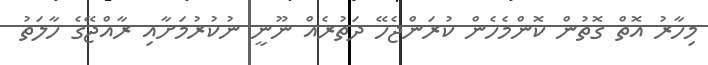
މިހާރު އޮތް ގޮތުން ކޮންމެހެން ކުރަންޖެހޭ ދަތުރެއް ނޫނީ ނުކުރުމަށާއި ރާއްޖޭގެ ހާލަތު